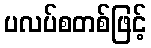
ပလပ်စတစ်ဖြင့်